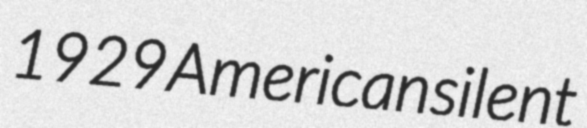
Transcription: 1929 American silent